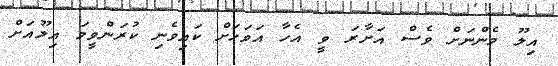
އިލޫ މެންނަށް ވެސް އަށާރަ ވީ އެހާ އަވަހަށް ކައިވެނި ކުރަންވީމަ އިލޫއަށް